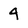
Character: 4